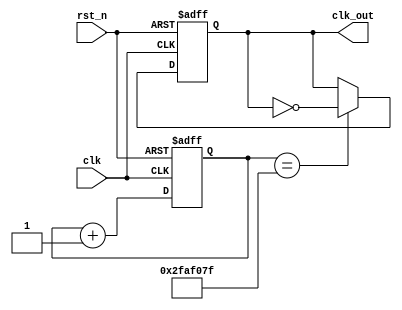
`timescale 1ns / 1ps
//////////////////////////////////////////////////////////////////////////////////
// Company: 
// Engineer: 
// 
// Design Name: 
// Module Name: lab3_2_divider
// Project Name: 
// Target Devices: 
// Tool Versions: 
// Description: 
// 
// Dependencies: 
// 
// Revision:
// Revision 0.01 - File Created
// Additional Comments:
// 
//////////////////////////////////////////////////////////////////////////////////


module lab3_2_divider(clk, rst_n, clk_out);

input clk;
input rst_n;
output clk_out;

reg clk_out;
reg [25:0] counter;

always@(posedge clk or negedge rst_n)
   begin
        if(~rst_n) 
            counter <= 26'd1;
        else 
            counter <= counter + 26'd1;
    end
    
    always@(posedge clk or negedge rst_n)
    begin
        if(~rst_n) 
            clk_out <= 1'b0;
        else 
           clk_out <= (counter == 26'd50000000 - 26'd1)?~clk_out:clk_out;
    end
endmodule